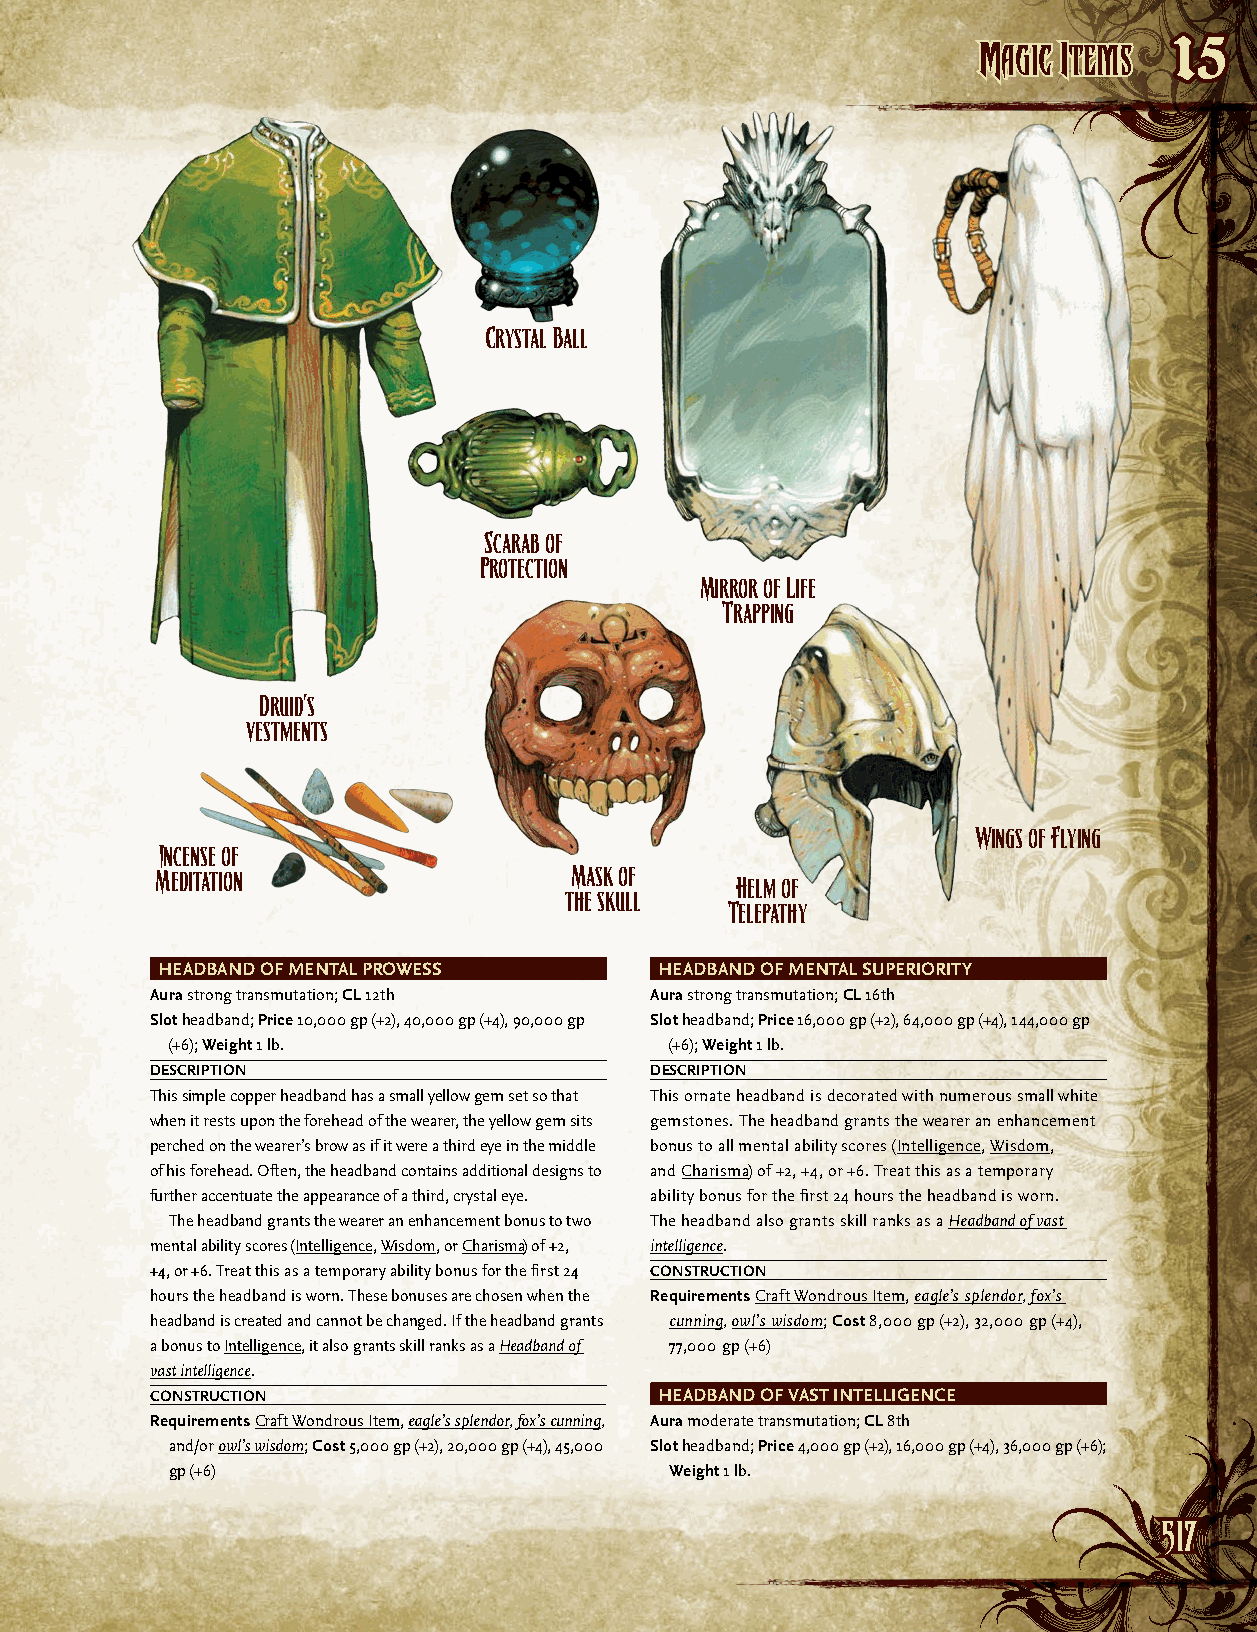
MMaaggiicc IItteemmss
 15
 Crystal Ball
 Scarab of
 Protection
 Mirror of Life
 Trapping
 Druid’s
 vestments
 Wings of Flying
 Incense of
 Meditation                  Mask of
 Helm of
 the skull
 Telepathy
 HEADBAND OF MENTAL PROWESS        HEADBAND OF MENTAL SUPERIORITy
 Aura strong transmutation; CL 12th Aura strong transmutation; CL 16th
 Slot headband; Price 10,000 gp (+2), 40,000 gp (+4), 90,000 gp Slot headband; Price 16,000 gp (+2), 64,000 gp (+4), 144,000 gp
 (+6); Weight 1 lb.               (+6); Weight 1 lb.
 DESCRIPTION                      DESCRIPTION
 This simple copper headband has a small yellow gem set so that This ornate headband is decorated with numerous small white
 when it rests upon the forehead of the wearer, the yellow gem sits gemstones. The headband grants the wearer an enhancement
 perched on the wearer’s brow as if it were a third eye in the middle bonus to all mental ability scores (Intelligence, Wisdom,
 of his forehead. Often, the headband contains additional designs to and Charisma) of +2, +4, or +6. Treat this as a temporary
 further accentuate the appearance of a third, crystal eye. ability bonus for the first 24 hours the headband is worn.
 The headband grants the wearer an enhancement bonus to two The headband also grants skill ranks as a Headband of vast
 mental ability scores (Intelligence, Wisdom, or Charisma) of +2, intelligence.
 +4, or +6. Treat this as a temporary ability bonus for the first 24 CONSTRUCTION
 hours the headband is worn. These bonuses are chosen when the Requirements Craft Wondrous Item, eagle’s splendor, fox’s
 headband is created and cannot be changed. If the headband grants cunning, owl’s wisdom; Cost 8,000 gp (+2), 32,000 gp (+4),
 a bonus to Intelligence, it also grants skill ranks as a Headband of 77,000 gp (+6)
 vast intelligence.
 CONSTRUCTION                      HEADBAND OF VAST INTELLIGENCE
 Requirements Craft Wondrous Item, eagle’s splendor, fox’s cunning, Aura moderate transmutation; CL 8th
 and/or owl’s wisdom; Cost 5,000 gp (+2), 20,000 gp (+4), 45,000 Slot headband; Price 4,000 gp (+2), 16,000 gp (+4), 36,000 gp (+6);
 gp (+6)                          Weight 1 lb.
 551177